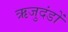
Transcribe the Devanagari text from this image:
ऋजुदंडों